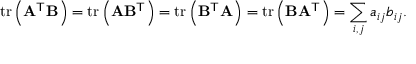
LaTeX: \operatorname { t r } \left( \mathbf { A } ^ { \mathsf { T } } \mathbf { B } \right) = \operatorname { t r } \left( \mathbf { A } \mathbf { B } ^ { \mathsf { T } } \right) = \operatorname { t r } \left( \mathbf { B } ^ { \mathsf { T } } \mathbf { A } \right) = \operatorname { t r } \left( \mathbf { B } \mathbf { A } ^ { \mathsf { T } } \right) = \sum _ { i , j } a _ { i j } b _ { i j } .